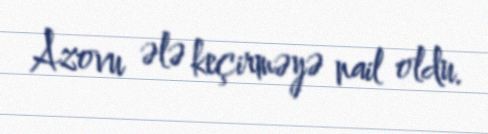
Azovu ələ keçirməyə nail oldu.